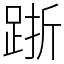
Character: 䟷